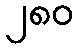
၂၈၀